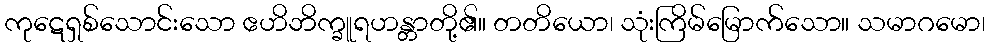
ကုဋေရှစ်သောင်းသော ဧဟိဘိက္ခူရဟန္တာတို့၏။ တတိယော၊ သုံးကြိမ်မြောက်သော။ သမာဂမော၊